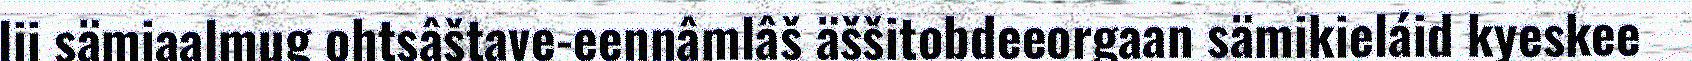
lii sämiaalmug ohtsâštave-eennâmlâš äššitobdeeorgaan sämikieláid kyeskee